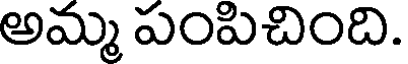
అమ్మ పంపిచింది.